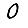
Digit: 0